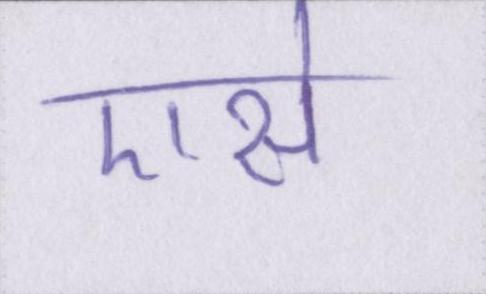
एसे